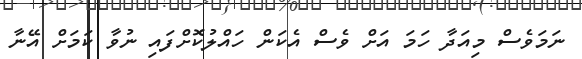
ނަމަވެސް މިއަދާ ހަމަ އަށް ވެސް އެކަން ހައްލުކޮށްފައި ނުވާ ކަމަށް އޭނާ